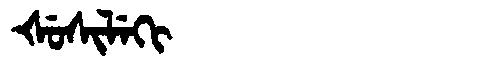
Manchu: ᡧᡠᠰᡳᠯᡝᡴᡳ
Romanization: ŠUSILEKI